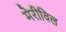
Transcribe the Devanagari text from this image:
मेरीविल